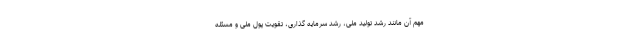
مهم آن مانند رشد تولید ملی، رشد سرمایه گذاری، تقویت پول ملی و مسئله